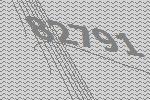
82791